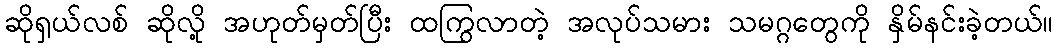
ဆိုရှယ်လစ် ဆိုလို့ အဟုတ်မှတ်ပြီး ထကြွလာတဲ့ အလုပ်သမား သမဂ္ဂတွေကို နှိမ်နင်းခဲ့တယ်။